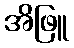
အိဖြူ